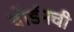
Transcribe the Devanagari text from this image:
वॉर्डनची